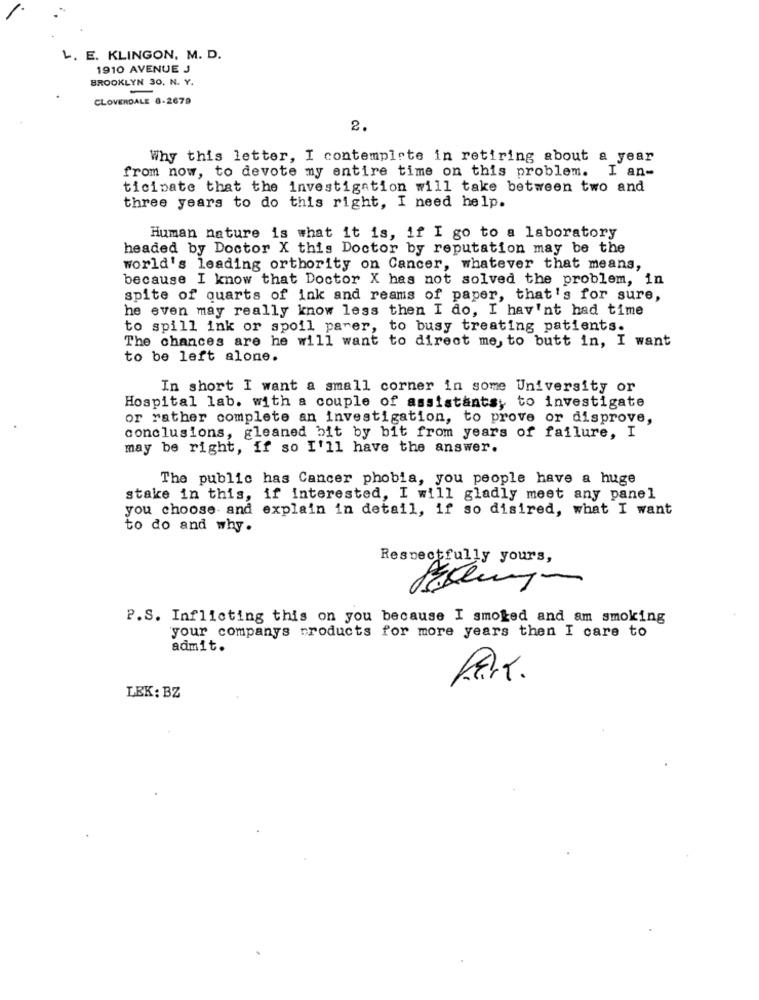
L. E. KLINGON, M. D.
1910 AVENUE J
BROOKLYN 30. N. Y.
CLOVERDALE 6-2679
2.
Why this letter, I contemplrte in retiring about a year
from now, to devote my entire time on this problem. I an-
ticipate that the investigation will take between two and
three years to do this right, I need help.
Human nature is what it is, if I go to a laboratory
headed by Doctor X this Doctor by reputation may be the
world's leading orthority on Cancer, whatever that means,
because I know that Doctor X has not solved the problem, in
spite of quarts of ink and reams of paper, that's for sure,
he even may really know less then I do, I hav'nt had time
to spill ink or spoil parer, to busy treating patients.
The chances are he will want to direct me, to butt in, I want
to be left alone.
In short I want a small corner in some University or
Hospital lab. with a couple of assistants, to investigate
or rather complete an investigation, to prove or disprove,
conclusions, gleaned bit by bit from years of failure, I
may be right, if so I'll have the answer.
The public has Cancer phobia, you people have a huge
stake in this, if interested, I will gladly meet any panel
you choose and explain in detail, if so disired, what I want
to do and why.
Respectfully yours,
P.S. Inflicting this on you because I smoked and am smoking
your companys products for more years then I care to
admit.
Park.
LEK: BZ